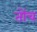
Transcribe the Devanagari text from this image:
तोंच